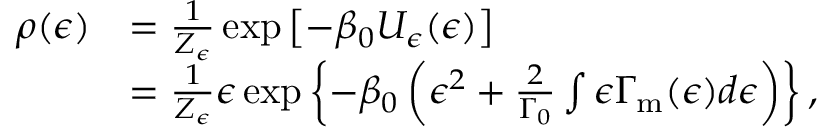
\begin{array} { r l } { \rho ( \epsilon ) } & { = \frac { 1 } { Z _ { \epsilon } } \exp \left[ - \beta _ { 0 } U _ { \epsilon } ( \epsilon ) \right] } \\ & { = \frac { 1 } { Z _ { \epsilon } } \epsilon \exp \left\{ - \beta _ { 0 } \left( \epsilon ^ { 2 } + \frac { 2 } { \Gamma _ { 0 } } \int \epsilon \Gamma _ { \mathrm { m } } ( \epsilon ) d \epsilon \right) \right\} \mathrm { , } } \end{array}